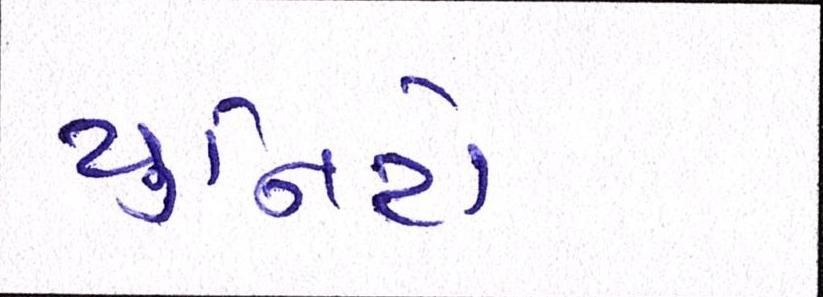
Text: યુનિટો